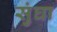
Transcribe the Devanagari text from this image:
सुंघा